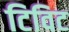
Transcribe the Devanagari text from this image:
टिविट